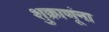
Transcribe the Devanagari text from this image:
शुक्राणूंना